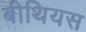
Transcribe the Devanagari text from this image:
बीथियस